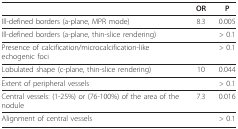
<table><thead><tr><td></td><td><b>OR</b></td><td><b>P</b></td></tr></thead><tbody><tr><td>Ill-defined borders (a-plane, MPR mode)</td><td>8.3</td><td>0.005</td></tr><tr><td>Ill-defined borders (a-plane, thin-slice rendering)</td><td></td><td>&gt; 0.1</td></tr><tr><td>Presence of calcification/microcalcification-like echogenic foci</td><td></td><td>&gt; 0.1</td></tr><tr><td>Lobulated shape (c-plane, thin-slice rendering)</td><td>10</td><td>0.044</td></tr><tr><td>Extent of peripheral vessels</td><td></td><td>&gt; 0.1</td></tr><tr><td>Central vessels: (1-25%) or (76-100%) of the area of the nodule</td><td>7.3</td><td>0.016</td></tr><tr><td>Alignment of central vessels</td><td></td><td>&gt; 0.1</td></tr></tbody></table>